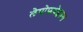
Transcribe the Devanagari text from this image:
लेपोफथेइरुस